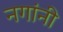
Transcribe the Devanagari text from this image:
नगांनी